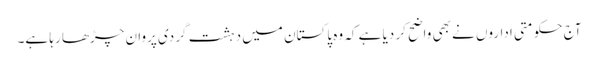
آج حکومتی اداروں نے بھی واضح کر دیا ہے کہ وہ پاکستان میں دہشت گردی پروان چڑھا رہا ہے۔